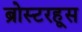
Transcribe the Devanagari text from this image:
ब्रोस्टरहूस